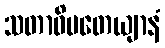
သတာဓိပတေယျာနံ